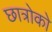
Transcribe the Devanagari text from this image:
छात्रोको